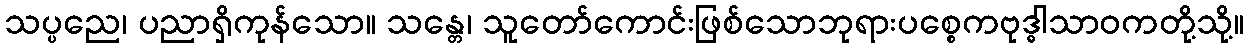
သပ္ပညေ၊ ပညာရှိကုန်သော။ သန္တေ၊ သူတော်ကောင်းဖြစ်သောဘုရားပစ္စေကဗုဒ္ဓါသာဝကတို့သို့။